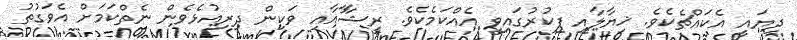
ދިޔައީ އެކައްޗެކެވެ. ޚިޔާލާއި ފިކުރުގައިވީ އެއްކަމެކެވެ. ރީޝާާާއާއި ވަކިން ދިރިއުޅެވެން ނެތްކަމަށް އެވަގުތު